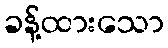
ခန့်ထားသော